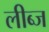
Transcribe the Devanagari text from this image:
लीब्ज